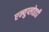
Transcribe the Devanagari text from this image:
एन्युप्लोइडी